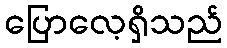
ပြောလေ့ရှိသည်